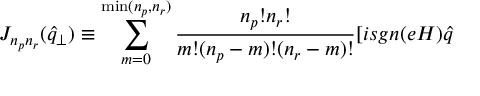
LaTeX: J _ { n _ { p } n _ { r } } ( \widehat { q } _ { \perp } ) \equiv \sum _ { m = 0 } ^ { \operatorname * { m i n } ( n _ { p } , n _ { r } ) } \frac { n _ { p } ! n _ { r } ! } { m ! ( n _ { p } - m ) ! ( n _ { r } - m ) ! } [ i s g n ( e H ) \widehat { q }